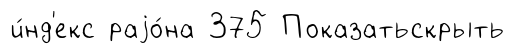
и́нд'екс раjо́на 375 Показатьскрыть